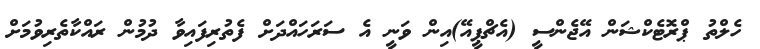
ހެލްތު ޕްރޮޓެކްޝަން އޭޖެންސީ (އެޗްޕީއޭ)އިން ވަނީ އެ ސަރަހައްދަށް ފެތުރިފައިވާ ދުމުން ރައްކާތެރިވުމަށް